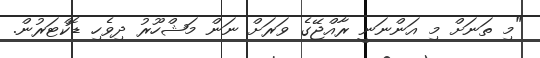
"މި ތަނަށް މި އަންނަނީ ރާއްޖޭގެ ވަރަށް ނަން މަޝްހޫރު ދިވެހި ޑޮކްޓަރުން.